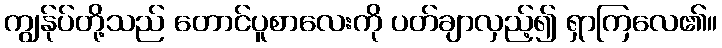
ကျွန်ုပ်တို့သည် တောင်ပူစာလေးကို ပတ်ချာလှည့်၍ ရှာကြလေ၏။